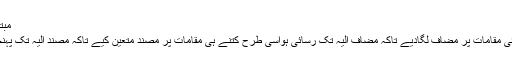
مبتداء و خبر:
میں نے کئی مقامات پر مضاف لگادیے تاکہ مضاف الیہ تک رسائی ہواسی طرح کتنے ہی مقامات پر مُصند متعین کیے تاکہ مُصند الیہ تک پہنچاجاسکے۔